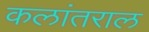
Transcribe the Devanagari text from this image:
कलांतराल